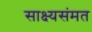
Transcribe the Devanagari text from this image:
साक्ष्यसंमत